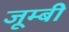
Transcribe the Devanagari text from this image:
जूम्बी